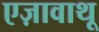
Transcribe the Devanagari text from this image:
एज़ावाथू